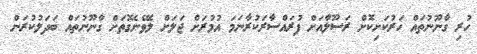
ހުރި ގާނޫނުތައް ހަރުކަށިކޮށް ރަސޫލާއަށް ފުރައްސާރަކުރާނަމަ އުމުރަށް ޖަލަށް ލެވޭނެގޮތަށް ގާނޫނުތައް ބަަދަލުކުރަން